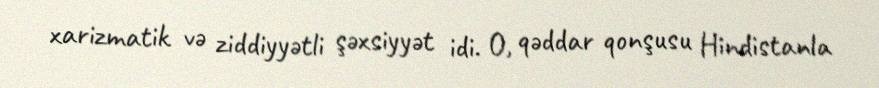
xarizmatik və ziddiyyətli şəxsiyyət idi. O, qəddar qonşusu Hindistanla